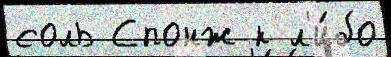
соль Спонж к л'и́бо